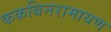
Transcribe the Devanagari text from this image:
ककबिनरामायण